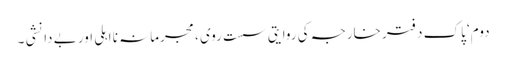
دوم‘ پاک دفتر خارجہ کی روایتی سست روی ، مجرمانہ نا اہلی اور بے دانشی ۔